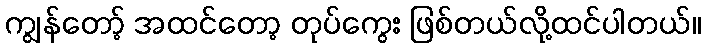
ကျွန်တော့် အထင်တော့ တုပ်ကွေး ဖြစ်တယ်လို့ထင်ပါတယ်။